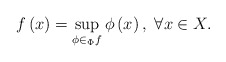
\begin{align*}f\left(x\right)=\sup_{\phi\in_{\Phi}f}\phi\left(x\right),\ \forall x\in X.\end{align*}